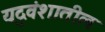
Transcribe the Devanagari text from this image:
यदुवंशातील